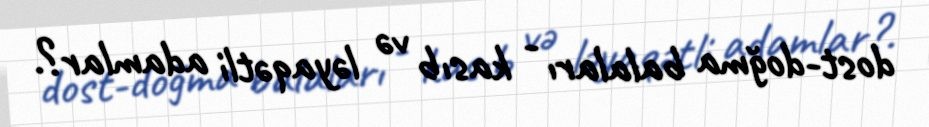
dost-doğma balaları - kasıb və ləyaqətli adamlar?.